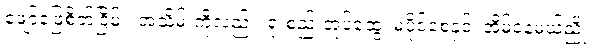
ဖျော်ဖြေစိတ်ငြိမ်း၊ အသိမ်းကိုလည်း၊ ရုံးစည်းအုပ်ထွေ၊ မပိုင်စေနှင့်၊ အိမ်နေမယ်ညို၊